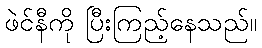
ဖဲင်နီကို ပြီးကြည့်နေသည်။